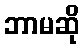
ဘာမဆို